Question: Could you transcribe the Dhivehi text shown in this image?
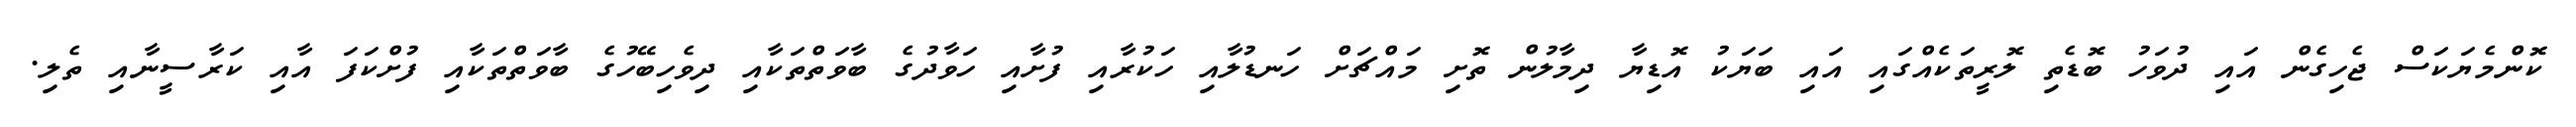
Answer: ކޮންމެޔަކަސް ޖެހިގެން އައި ދުވަހު ބޮޑެތި ލޮރީތަކެއްގައި އައި ބަޔަކު އޮޑިޔާ ދިމާލުން ތޮށި މައްޗަށް ހަނޑުލާއި ހަކުރާއި ފުށާއި ހަވާދުގެ ބާވަތްތަކާއި ދިވެހިބޭހުގެ ބާވަތްތަކާއި ފުށްކަފަ އާއި ކަރާސީނާއި ތެލި.